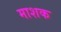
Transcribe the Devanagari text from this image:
माशक